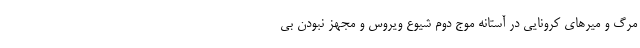
مرگ و میرهای کرونایی در آستانه موج دوم شیوع ویروس و مجهز نبودن بی